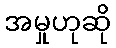
အမှုဟုဆို